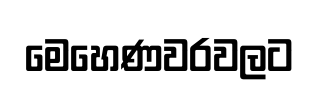
මෙහෙණවරවලට